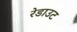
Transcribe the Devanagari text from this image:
रेडाउट